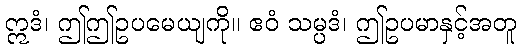
ဣဒံ၊ ဤဤဥပမေယျကို။ ဧဝံ သမ္ပဒံ၊ ဤဥပမာနှင့်အတူ